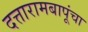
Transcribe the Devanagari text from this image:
दत्तारामबापूंचा